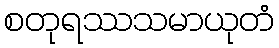
စတုရဿသမာယုတံ